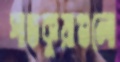
পাতকুয়াগুলো